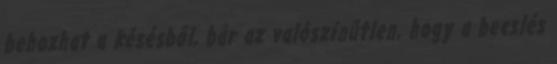
behozhat a késésből, bár az valószínűtlen, hogy a becslés